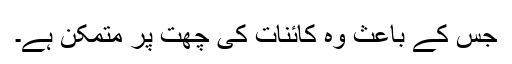
جس کے باعث وہ کائنات کی چھت پر متمکن ہے۔